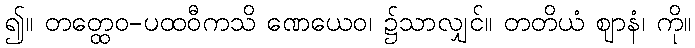
၍။ တတ္ထေဝ-ပထဝီကသိ ဏေယေဝ၊ ၌သာလျှင်။ တတိယံ ဈာနံ၊ ကို။